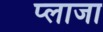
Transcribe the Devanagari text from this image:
प्‍लाजा